Scottish Leaving Certificate Examination, 1954
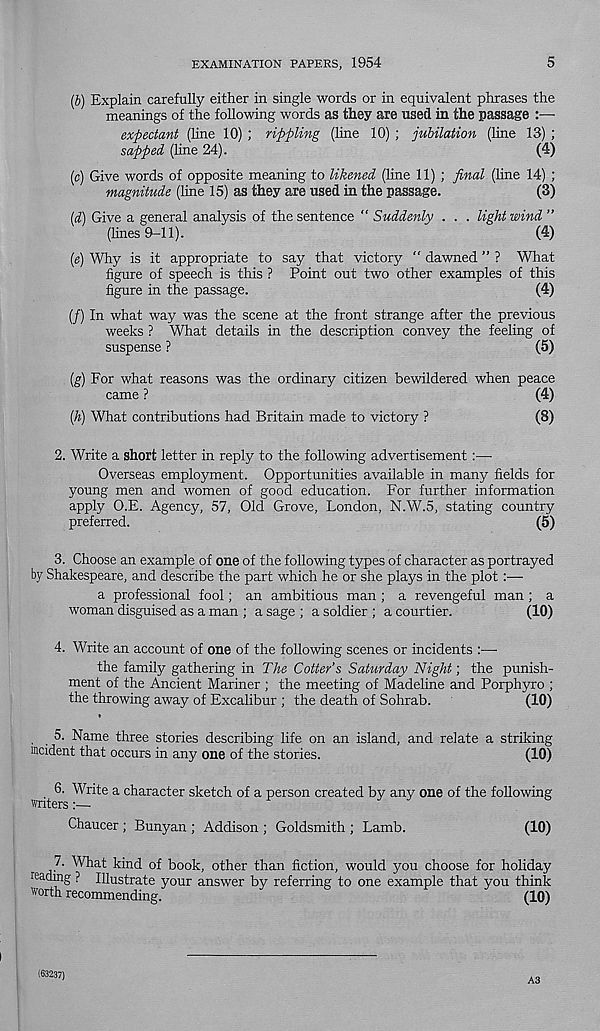
EXAMINATION PAPERS, 1954
5
(b) Explain carefully either in single words or in equivalent phrases the
meanings of the following words as they are used in the passage
expectant (line 10) ; rippling (line 10) ; jubilation (line 13) ;
sapped (line 24).
(4)
(c) Give words of opposite meaning to likened (line 11) ; final (line 14) ;
magnitude (line 15) as they are used in the passage.
(3)
(d) Give a general analysis of the sentence “ Suddenly . . . light wind ”
(lines 9-11).
(4)
(g) Why is it appropriate to say that victory " dawned ” ? What
figure of speech is this ? Point out two other examples of this
figure in the passage.
(4)
(/) In what way was the scene at the front strange after the previous
weeks ? What details in the description convey the feeling of
suspense ?
(5)
(g) For what reasons was the ordinary citizen bewildered when peace
came ?
(4)
{h) What contributions had Britain made to victory ?
(8)
2. Write a short letter in reply to the following advertisement:—
Overseas employment. Opportunities available in many fields for
young men and women of good education. For further information
apply O.E. Agency, 57, Old Grove, London, N.W.5, stating country
preferred.
(5)
3. Choose an example of one of the following types of character as portrayed
by Shakespeare, and describe the part which he or she plays in the plot:—•
a professional fool; an ambitious man ; a revengeful man ; a
woman disguised as a man ; a sage ; a soldier ; a courtier.
(10)
4. Write an account of one of the following scenes or incidents :—•
the family gathering in The Cotter’s Saturday Night; the punish-
ment of the Ancient Mariner ; the meeting of Madeline and Porphyro ;
the throwing away of Excalibur ; the death of Sohrab.
(10)
5. Name three stories describing life on an island, and relate a striking
incident that occurs in any one of the stories.
(10)
6. Write a character sketch of a person created by any one of the following
writers:—-
Chaucer ; Bunyan ; Addison ; Goldsmith ; Lamb.
(10)
7. What kind of book, other than fiction, would you choose for holiday
reading ? Illustrate your answer by referring to one example that you think
worth recommending.
(10)
(63237)
A3